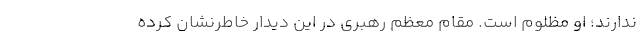
ندارند؛ او مظلوم است. مقام معظم رهبری در این دیدار خاطرنشان کرده